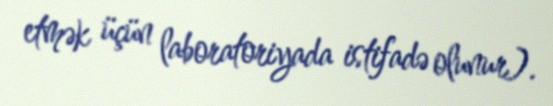
etmək üçün laboratoriyada istifadə olunur).